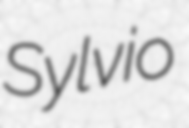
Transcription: Sylvio